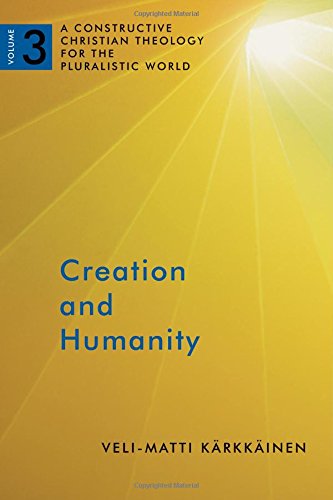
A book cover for Creation and Humanity: A Constructive Christian Theology for the Pluralistic World, Volume 3; Veli-Matti Karkkainen; Christian Books & Bibles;